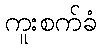
ကူးစက်ခံ